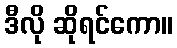
ဒီလို ဆိုရင်ကော။